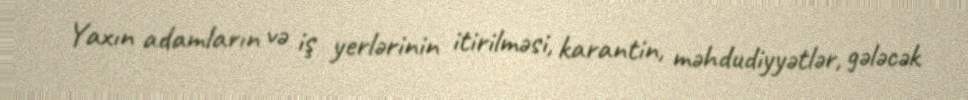
Yaxın adamların və iş yerlərinin itirilməsi, karantin, məhdudiyyətlər, gələcək